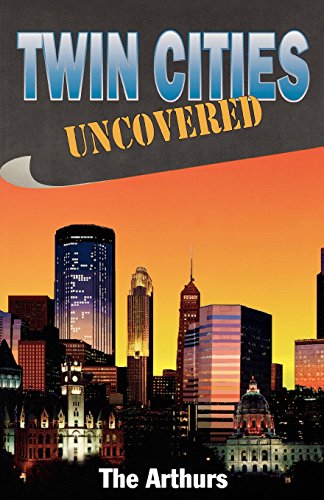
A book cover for Twin Cities Uncovered (Uncovered Series City Guides); The Arthurs; Travel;